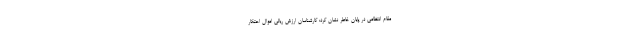
مقام انتظامی در پایان خاطر نشان کرد: کارشناسان ارزش ریالی اموال احتکار